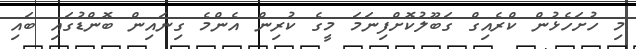
މި ހުށަހެޅުން ކްރެއިގް ގަބޫލުކޮށްފިނަމަ މީގެ ކުރިން އެންމެ ގިނައިން ބޮންޑުގައި ބައި